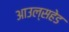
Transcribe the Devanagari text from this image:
आउल्सहेड